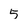
Character: 5